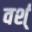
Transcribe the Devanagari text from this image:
वर्श्